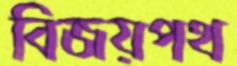
বিজয়পথ